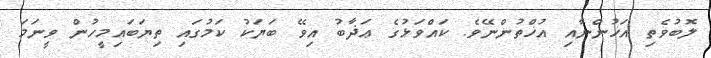
ލޮބުވެތި އަޚުންނާއި އުޚްތުންނޭވެ. ކައްވަޅުގެ ޢަޛާބު އިވޭ ބަޔަކު ކަމުގައި ތިޔަބައިމީހުން ވީނަމަ